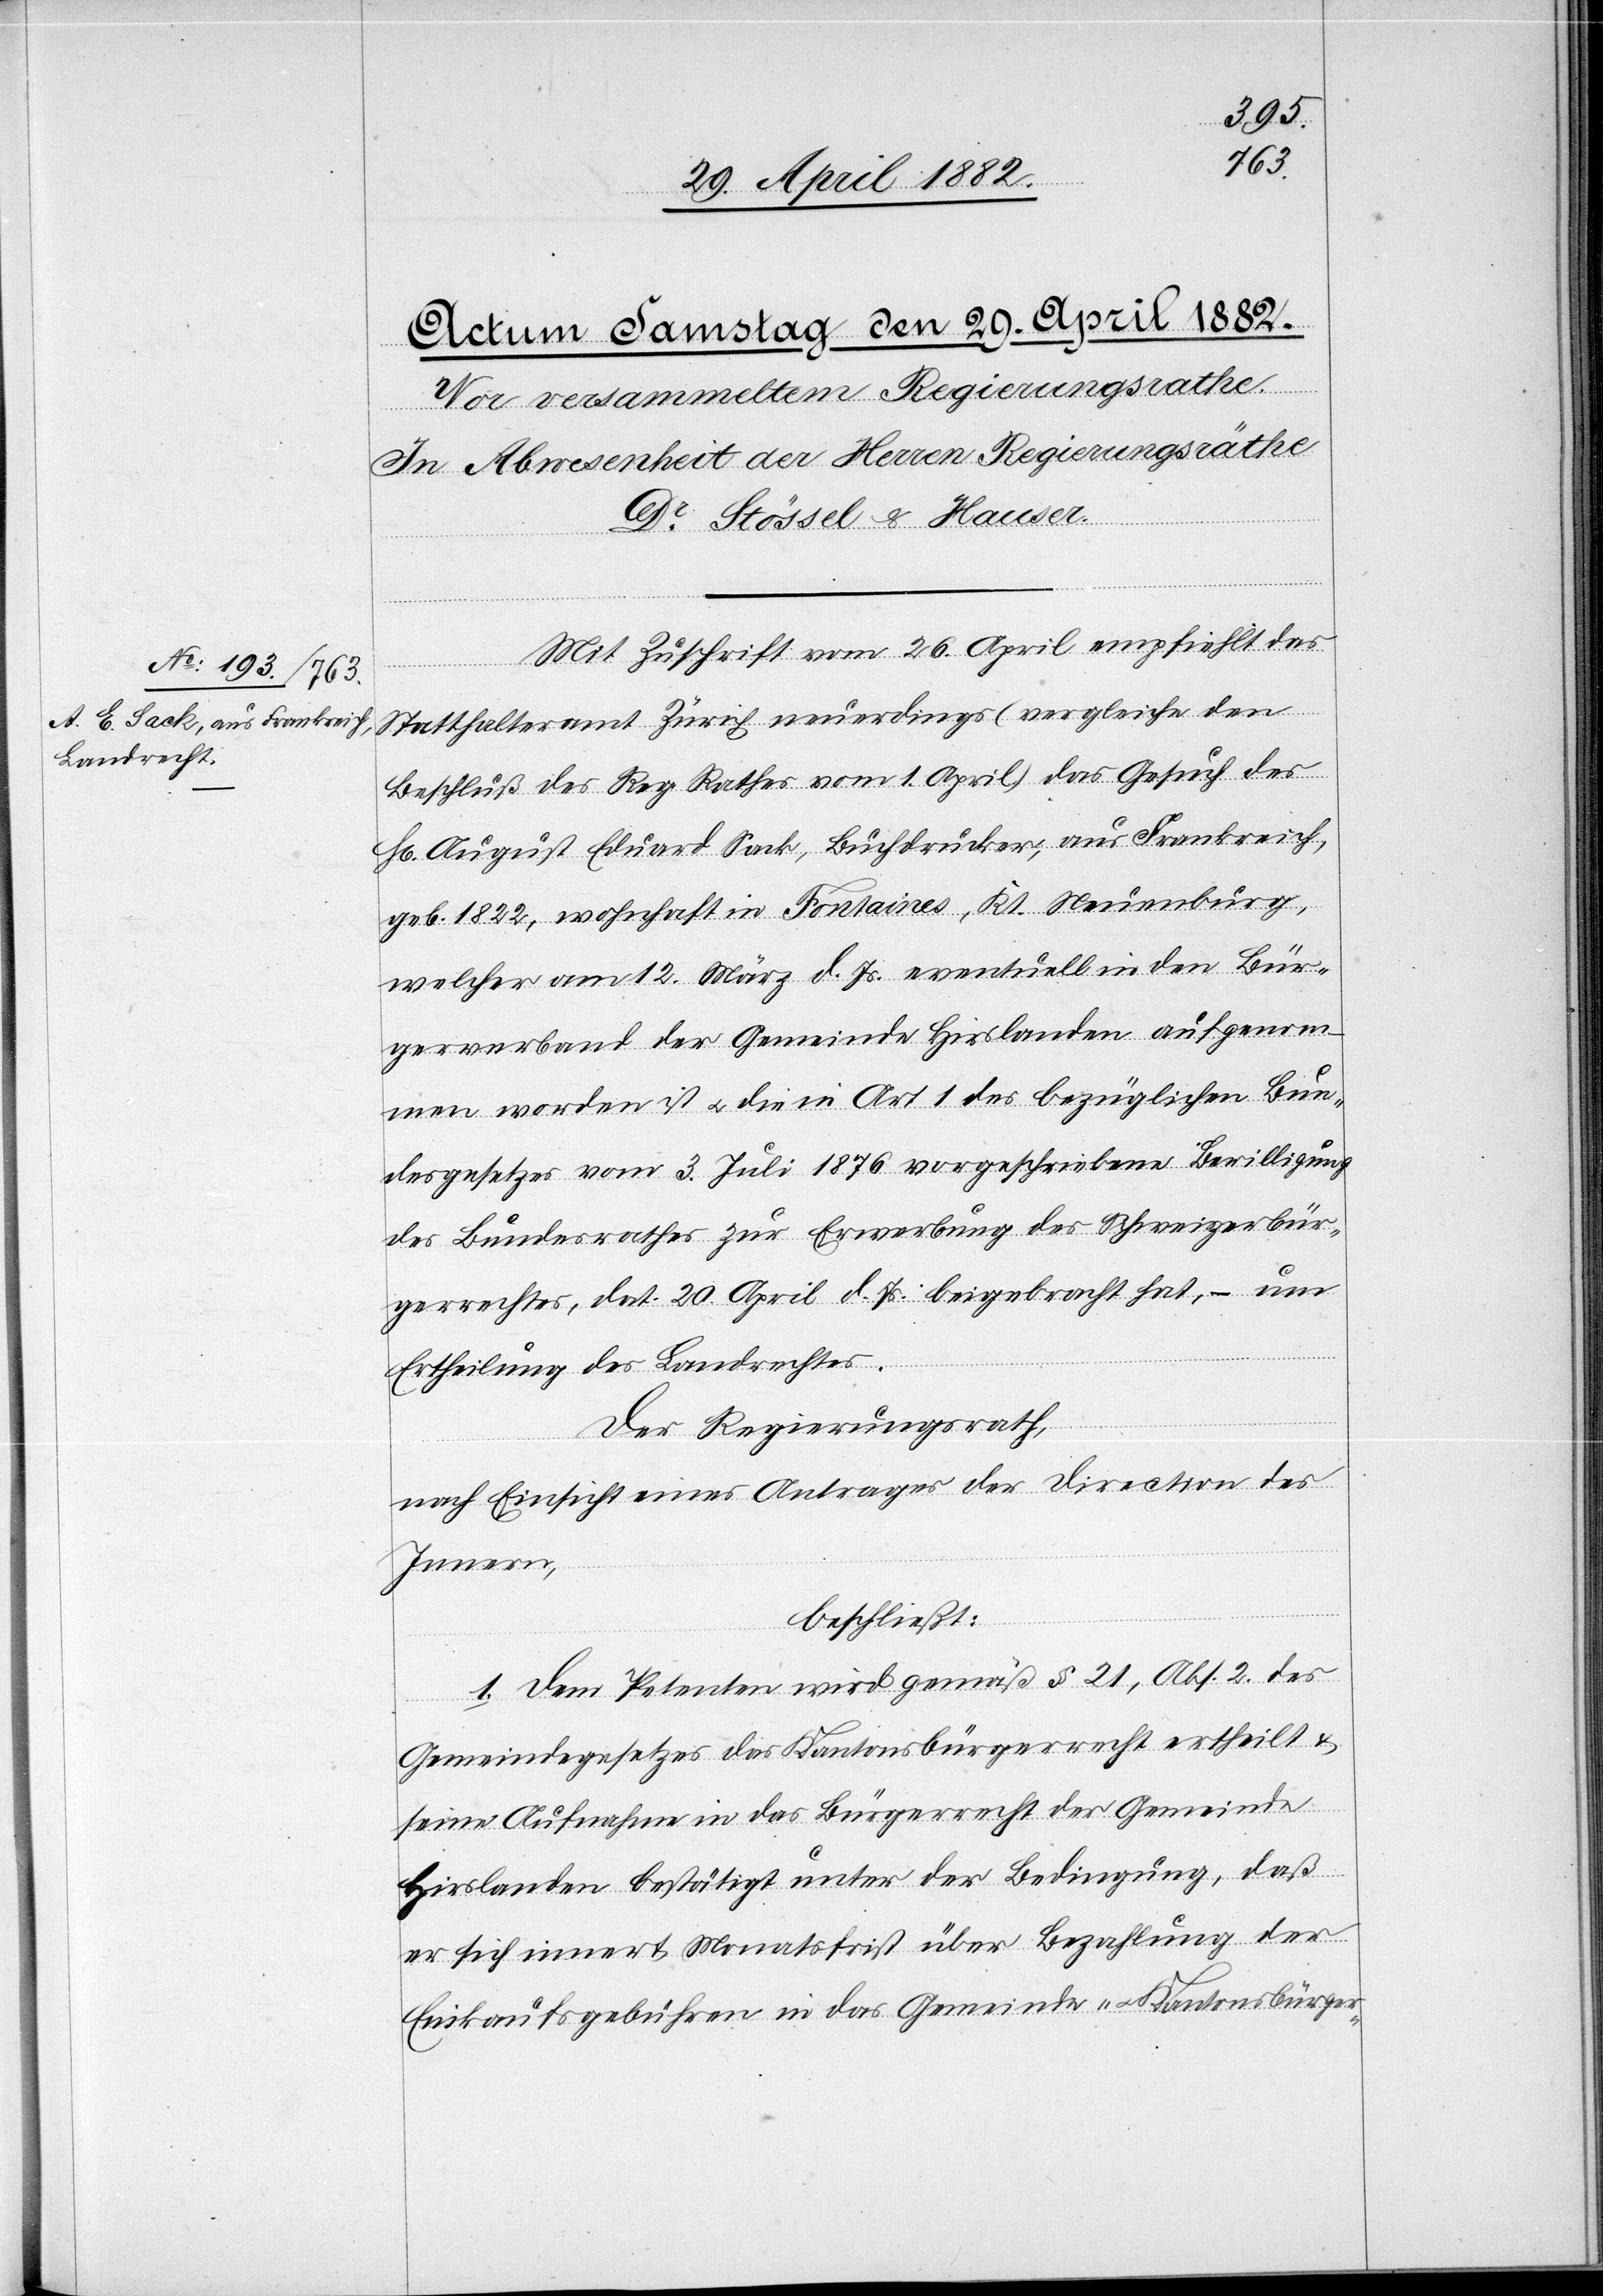
Mit Zuschrift vom 26. April empfiehlt das
Statthalteramt Zürich neuerdings (vergleiche den
Beschluß des Reg. Rathes vom 1. April) das Gesuch des
Hr. August Eduard Sack, Buchdrucker, aus Frankreich,
geb. 1822, wohnhaft in Fontaines, Kt. Neuenburg,
welcher am 12. März d. Js. eventuell in den Bür¬
gerverband der Gemeinde Hirslanden aufgenom¬
men worden ist u. die in Art. 1 des bezüglichen Bun¬
desgesetzes vom 3. Juli 1876 vorgeschriebene Bewilligung
des Bundesrathes zur Erwerbung des Schweizerbür¬
gerrechtes, dat. 20. April d. Js. beigebracht hat, – um
Ertheilung des Landrechtes.
Der Regierungsrath,
nach Einsicht eines Antrages der Direction des
Innern,
beschließt:
1. Dem Petenten wird gemäß § 21 des
Gemeindegesetzes das Kantonsbürgerrecht ertheilt &
seine Aufnahme in das Bürgerrecht der Gemeinde
Hirslanden bestätigt unter der Bedingung, daß
er sich innert Monatsfrist über Bezahlung der
Einkaufsgebühren in das Gemeinde- u. Kantonsbürger-